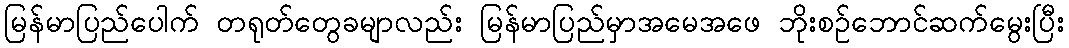
မြန်မာပြည်ပေါက် တရုတ်တွေခမျာလည်း မြန်မာပြည်မှာအမေအဖေ ဘိုးစဉ်ဘောင်ဆက်မွေးပြီး